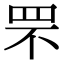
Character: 罘